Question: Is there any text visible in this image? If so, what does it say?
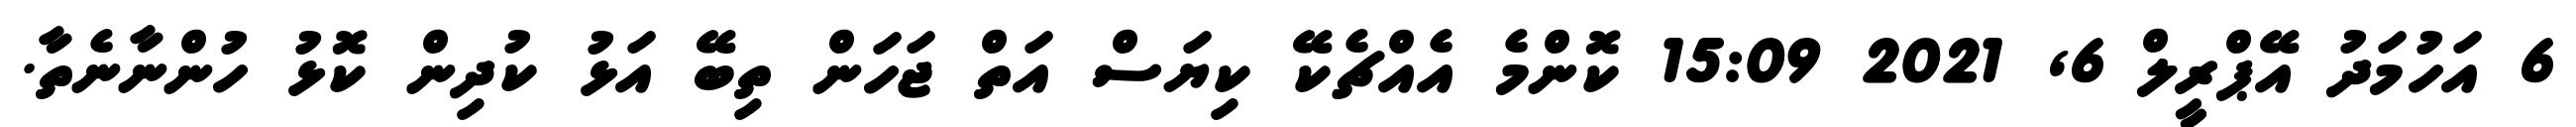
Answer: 6 އަހުމަދު އޭޕްރީލް 6, 2021 15:09 ކޮންމެ އެއްޗެކޭ ކިޔަސް އަތް ޖަހަން ތިބޭ އަޅު ކުދިން ކޮޅު ހުންނާނެތާ.